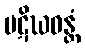
ပဋိဃဝန္တံ